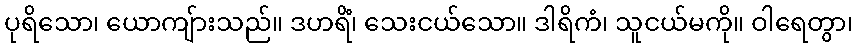
ပုရိသော၊ ယောကျ်ားသည်။ ဒဟရိံ၊ သေးငယ်သော။ ဒါရိကံ၊ သူငယ်မကို။ ဝါရေတွာ၊